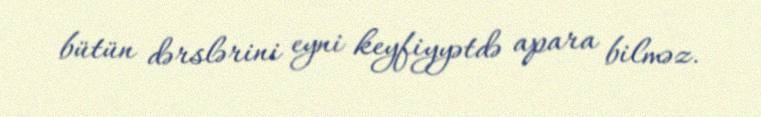
bütün dərslərini eyni keyfiyyətdə apara bilməz.